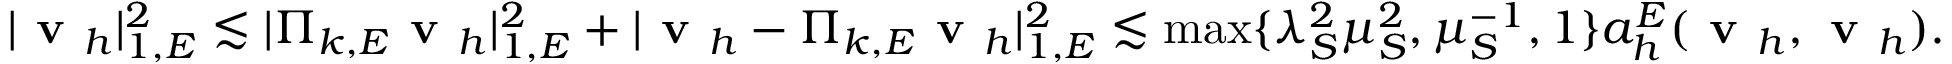
| \textbf { v } _ { h } | _ { 1 , E } ^ { 2 } \lesssim | \boldsymbol { \Pi } _ { k , E } \textbf { v } _ { h } | _ { 1 , E } ^ { 2 } + | \textbf { v } _ { h } - \boldsymbol { \Pi } _ { k , E } \textbf { v } _ { h } | _ { 1 , E } ^ { 2 } \lesssim \operatorname* { m a x } \{ \lambda _ { S } ^ { 2 } \mu _ { S } ^ { 2 } , \mu _ { S } ^ { - 1 } , 1 \} a _ { h } ^ { E } ( \textbf { v } _ { h } , \textbf { v } _ { h } ) .